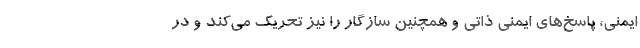
ایمنی، پاسخ‌های ایمنی ذاتی و همچنین سازگار را نیز تحریک می‌کند و در